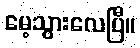
မေ့သွားလေပြီ။